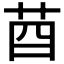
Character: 𦮄